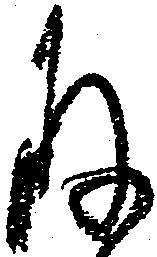
存